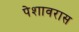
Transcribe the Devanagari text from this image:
पेशावरास